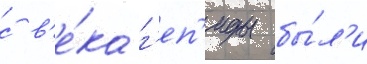
с в'е́ка г'еп'иды бы́л'и